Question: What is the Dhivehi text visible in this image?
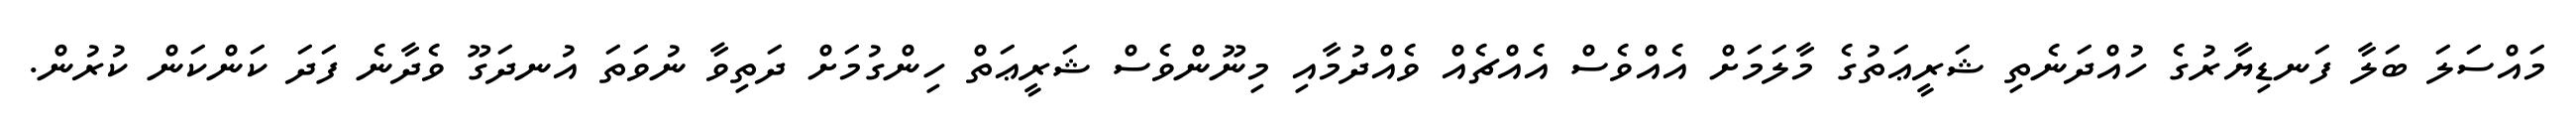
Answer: މައްސަލަ ބަލާ ފަނޑިޔާރުގެ ހުއްދަނެތި ޝަރީޢަތުގެ މާލަމަށް އެއްވެސް އެއްޗެއް ވެއްދުމާއި މިނޫންވެސް ޝަރީޢަތް ހިންގުމަށް ދަތިވާ ނުވަތަ އުނދަގޫ ވެދާނެ ފަދަ ކަންކަން ކުރުން.